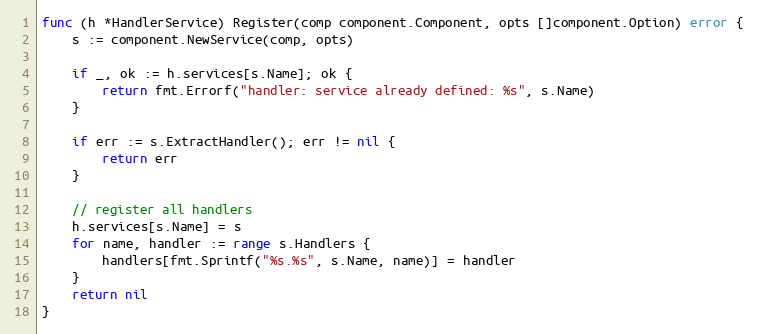
Language: Go
func (h *HandlerService) Register(comp component.Component, opts []component.Option) error {
	s := component.NewService(comp, opts)

	if _, ok := h.services[s.Name]; ok {
		return fmt.Errorf("handler: service already defined: %s", s.Name)
	}

	if err := s.ExtractHandler(); err != nil {
		return err
	}

	// register all handlers
	h.services[s.Name] = s
	for name, handler := range s.Handlers {
		handlers[fmt.Sprintf("%s.%s", s.Name, name)] = handler
	}
	return nil
}